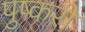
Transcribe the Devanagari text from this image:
पुष्करी